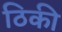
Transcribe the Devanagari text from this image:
ठिकी